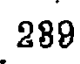
289